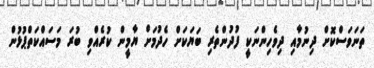
ތަނަވަސްކޮށް ދިނުމާއި ދިވެހިންނަކީ ފުދުންތެރި ބަޔަކަށް ހެދުމަށް ޔާމީން ކުރެއްވި ބުރަ މަސައްކަތްޕުޅުން